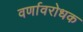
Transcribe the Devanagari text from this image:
वर्णावरोधक